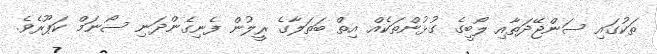
ތަކުގައި ސަންޖޭދަތާއި ލޯބީގެ ގުޅުންތަކެއް އިތް ބަތަލާގެ ރީލުން ފެނިގެންދަނި ސޯނަމް ކަޕޫރެވެ.